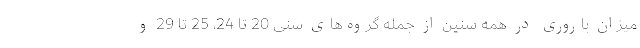
میزان باروری در همه سنین از جمله گروه‌های سنی 20 تا 24، 25 تا 29 و